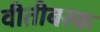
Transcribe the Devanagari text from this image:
वीतीबस्क